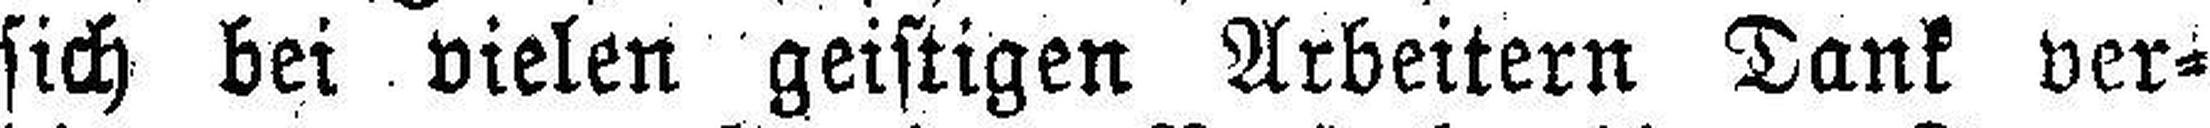
sich bei vielen geistigen Arbeitern Tank ver¬